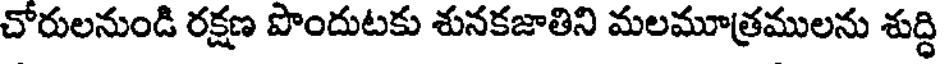
చోరులనుండి రక్షణ పొందుటకు శునకజాతిని మలమూత్రములను శుద్ధి